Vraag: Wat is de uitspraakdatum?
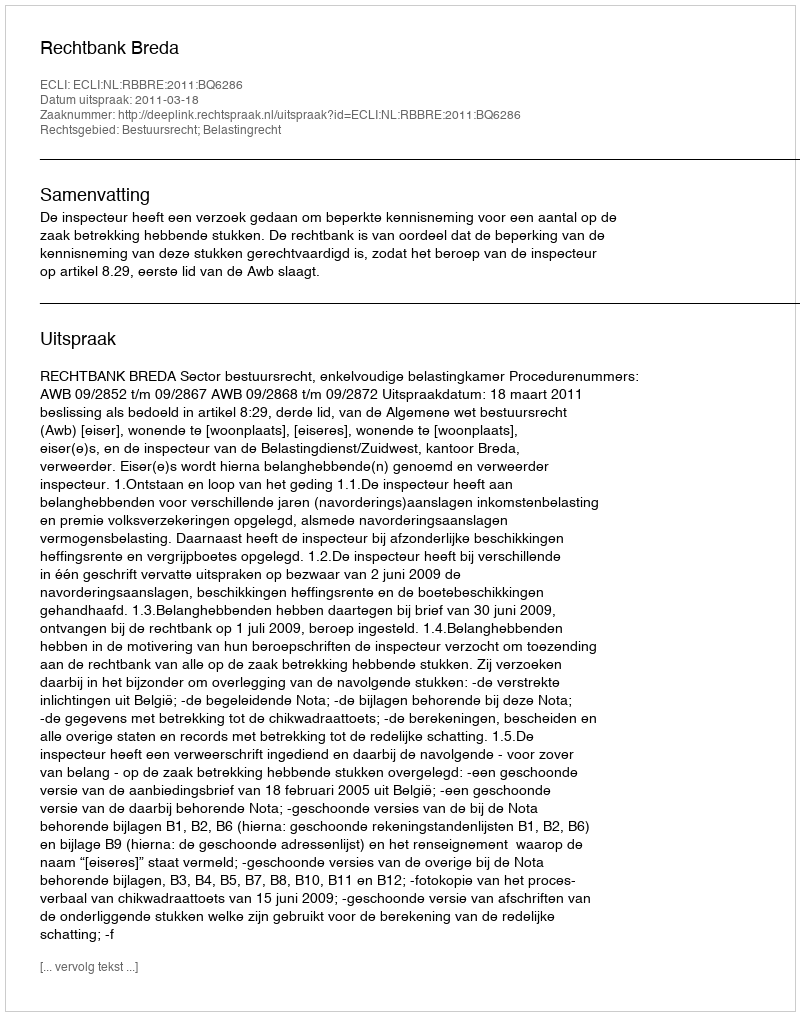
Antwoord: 2011-03-18